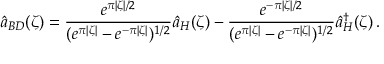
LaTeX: \hat { a } _ { B D } ( \zeta ) = \frac { e ^ { \pi \vert \zeta \vert / 2 } } { ( e ^ { \pi \vert \zeta \vert } - e ^ { - \pi \vert \zeta \vert } ) ^ { 1 / 2 } } \hat { a } _ { H } ( \zeta ) - \frac { e ^ { - \pi \vert \zeta \vert / 2 } } { ( e ^ { \pi \vert \zeta \vert } - e ^ { - \pi \vert \zeta \vert } ) ^ { 1 / 2 } } \hat { a } _ { H } ^ { \dagger } ( \zeta ) \, .